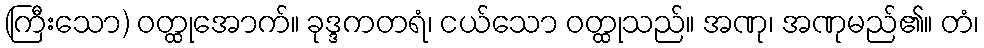
(ကြီးသော) ဝတ္ထုအောက်။ ခုဒ္ဒကတရံ၊ ငယ်သော ဝတ္ထုသည်။ အဏု၊ အဏုမည်၏။ တံ၊